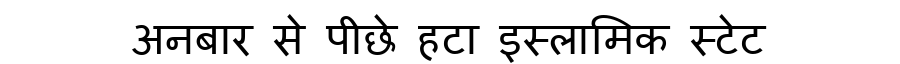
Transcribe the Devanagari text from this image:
अनबार से पीछे हटा इस्लामिक स्टेट